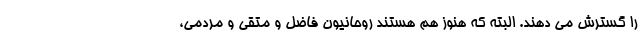
را گسترش می دهند. البته که هنوز هم هستند روحانیون فاضل و متقی و مردمی،